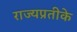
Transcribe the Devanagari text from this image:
राज्यप्रतीके